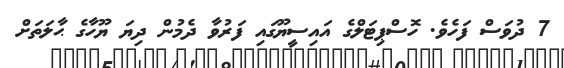
7 ދުވަސް ފަހެވެ. ހޮސްޕިޓަލްގެ އައިސީޔޫގައި ފަރުވާ ދެމުން ދިޔަ ޔޫހާގެ ޙާލަތަށް